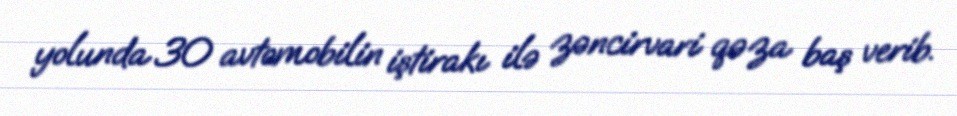
yolunda 30 avtomobilin iştirakı ilə zəncirvari qəza baş verib.